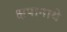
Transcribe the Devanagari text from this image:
क्षपानाथे